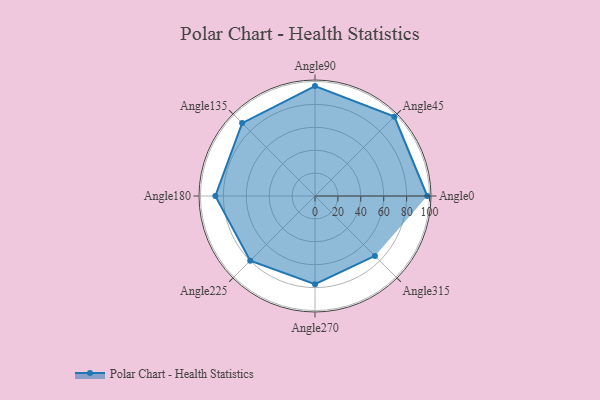
{"axis": {"x": "Angle", "y": "Radius"}, "legend": [""], "data": [{"x": "Angle0", "y": 98.0, "type": ""}, {"x": "Angle45", "y": 98.0, "type": ""}, {"x": "Angle90", "y": 96.0, "type": ""}, {"x": "Angle135", "y": 90.0, "type": ""}, {"x": "Angle180", "y": 87.0, "type": ""}, {"x": "Angle225", "y": 80.0, "type": ""}, {"x": "Angle270", "y": 77.0, "type": ""}, {"x": "Angle315", "y": 74.0, "type": ""}]}